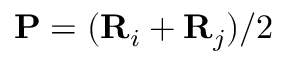
\mathbf { P } = ( \mathbf { R } _ { i } + \mathbf { R } _ { j } ) / 2